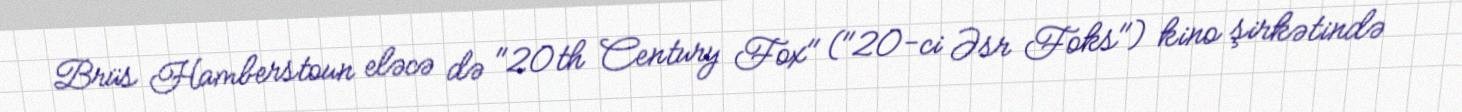
Brüs Hamberstoun eləcə də "20th Century Fox" ("20-ci Əsr Foks") kino şirkətində